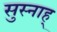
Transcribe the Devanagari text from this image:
सुस्नाह्